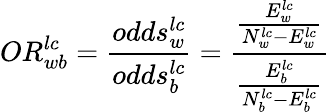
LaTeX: OR_{wb}^{lc}=\frac{odds_{w}^{lc}}{odds_{b}^{lc}}=\frac{\frac{E_{w}^{lc}}{N_{w}^{lc}-E_{w}^{lc}}}{\frac{E_{b}^{lc}}{N_{b}^{lc}-E_{b}^{lc}}}